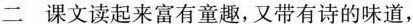
二 课文读起来富有童趣，又带有诗的味道，